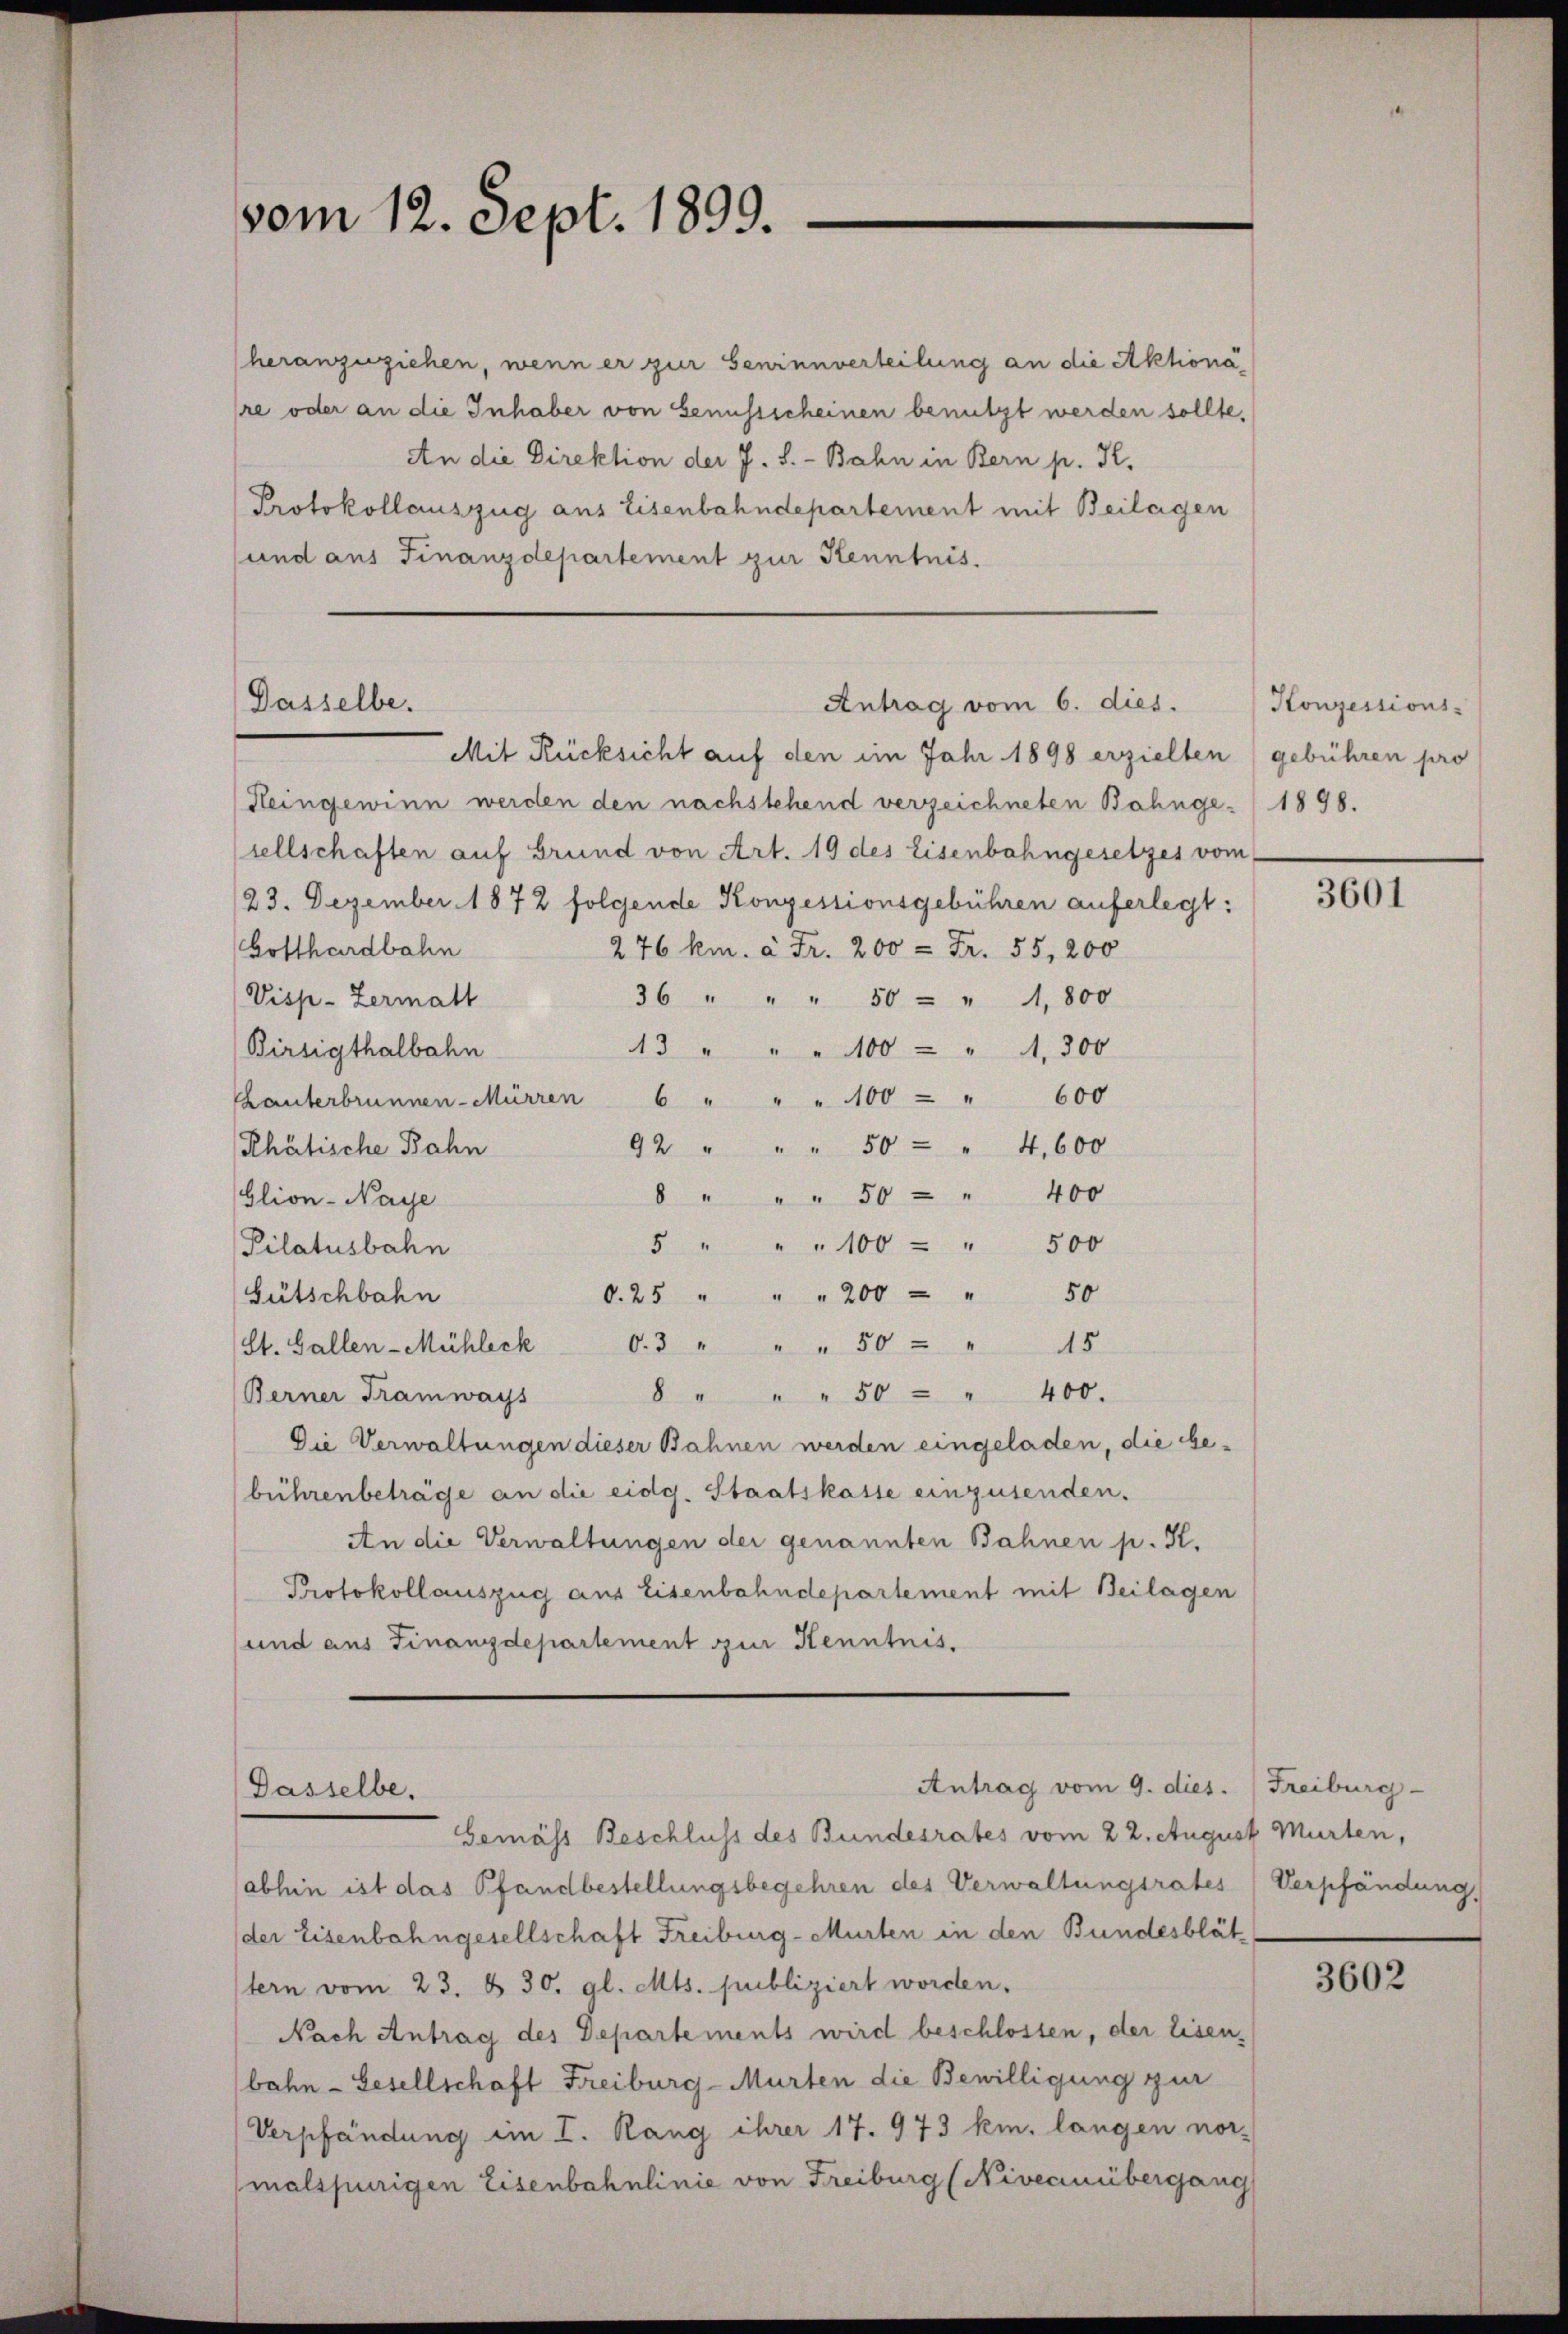
vom 12. Sept. 1899.

(heranzuziehen, wenn er zur Seninnverteilung an die Aktionare oder an die Inhaber von Genussscheinen benutzt werden sollte,
An die Direktion der J. S. - Bahn in Bern p. K.
Protokollauszug aus Eisenbahndepartement mit Beilagen
und aus Finanzdepartement zur Kenntnis.

Dasselbe.

Mit Rücksicht auf den im Jahr 1898 erzielten (gebühren pro
Heingewinn werden den nachstehend verzeichneten Bahnge- 1898.
sellschaften auf Grund von Art. 19 des Eisenbahngesetzes vom
23. Dezember 1872 folgende Konzessionsgebühren auferlegt:
Gotthardbahn
276 km. à Fr. 200 = Fr. 55, 200
Visp-Zermatt
36 " " " 50 - " A. 800
Birsigthalbahn
3 " " " 100 - " A, 300
Chanterbrunnen-Mürren 6 " " " 100 - " 600
Rhätische Bahn
92 " " " 50 - " 4,600
8 " " " 50 - " 400
Glion-Naye
5 " " " 100 - " 500
Pilatusbahn
Gütschbahn
O. 25 " " " 200 - " 50
St. Gallen-Mühleck O.3 " " " 50 " " 15
8 " " " 50 - " 400.
Berner Tramways
Die Verwaltungen dieser Bahnen werden eingeladen, die bebührenbeträge an die eidg. Staatskasse einzusenden.
An die Verwaltungen der genannten Bahnen p. K.
Protokollauszug aus Eisenbahndepartement mit Beilagen
und aus Finanzdepartement zur Kenntnis.

Antrag vom 6. dies.

Antrag vom 9. dies. Freiburg-
Dasselbe.

bemäss Beschluss des Bundesrates vom 22. August Murten,
abhin ist das Pfandbestellungsbegehren des Verwaltungsrates (Verpfändung,
der Eisenbahngesellschaft Freiburg-Murten in den Bundesblät
stern vom 23. d. 30. gl. Mts. publiziert worden.
Nach Antrag des Departements wird beschlossen, der Eisen-
bahn- Gesellschaft Freiburg-Murten die Bewilligung zur
Verpfändung im I. Rang ihrer 17. 973 km. langen nor-
malspurigen Eisenbahnlinie von Freiburg (Niveauübergang

Konzessions-

3601

3602